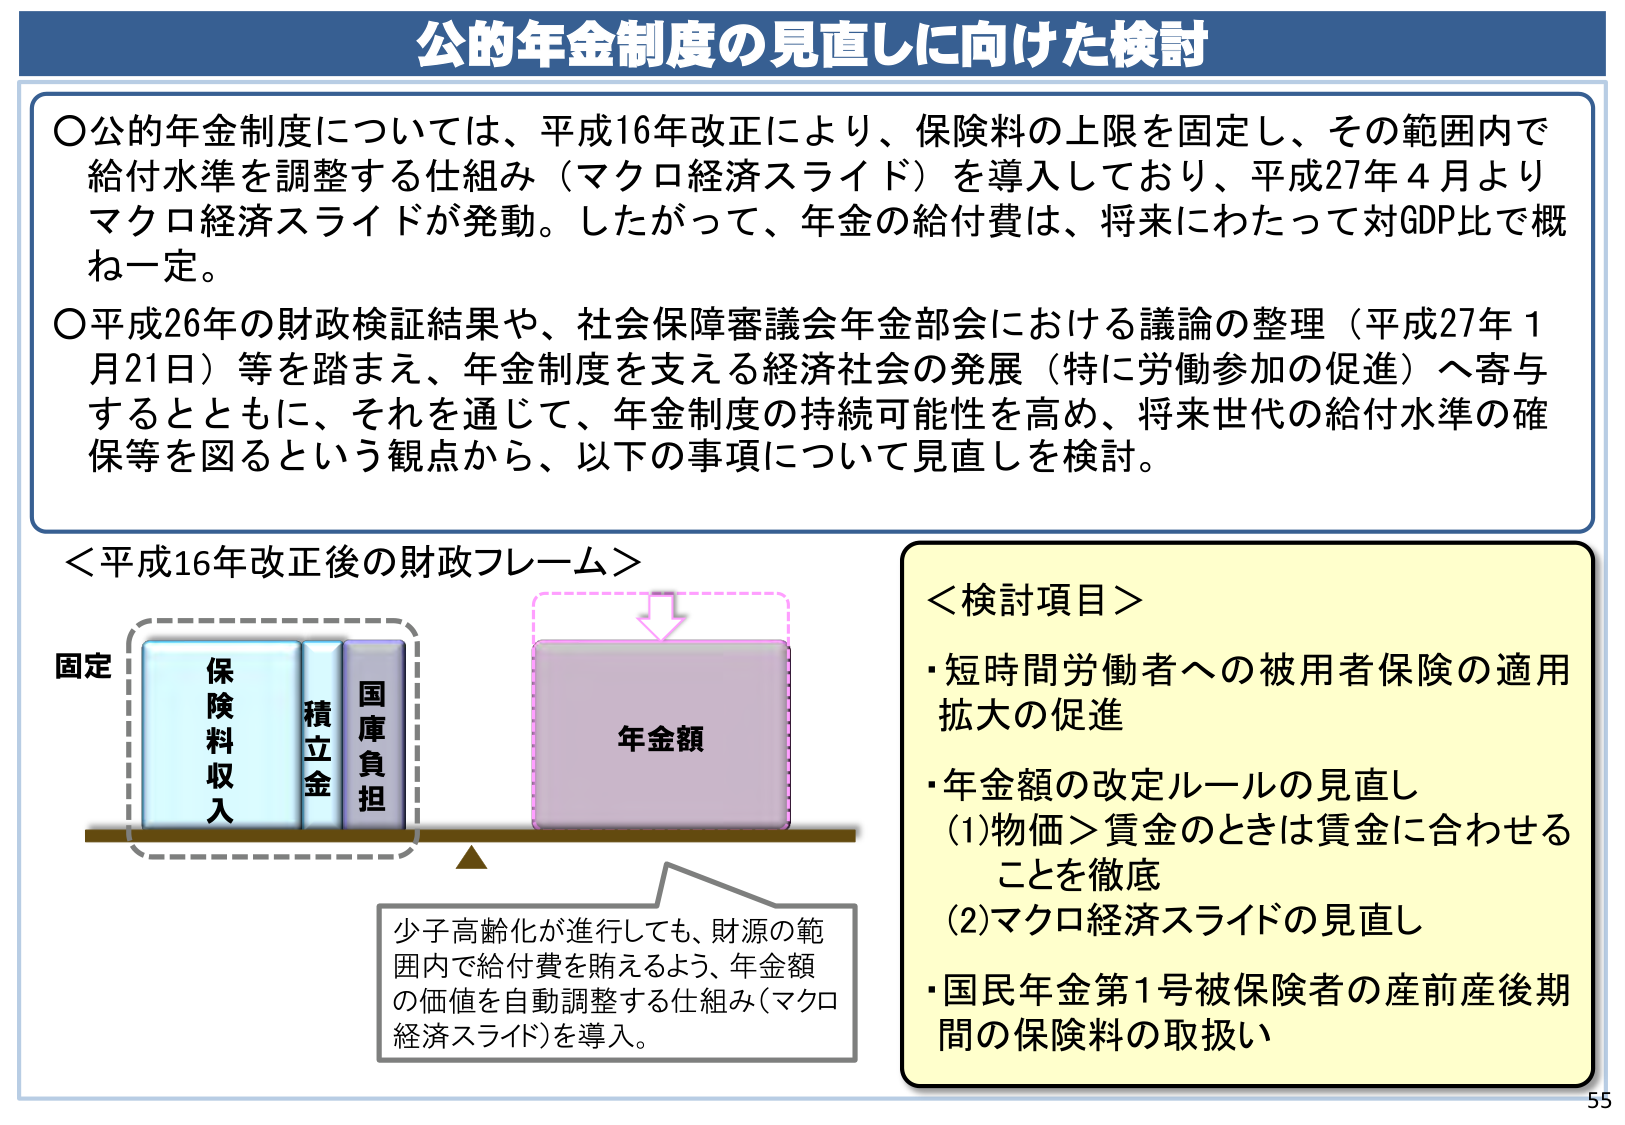
公的年金制度の見直しに向けた検討

○公的年金制度については、平成16年改正により、保険料の上限を固定し、その範囲内で給付水準を調整する仕組み（マクロ経済スライド）を導入しており、平成27年4月よりマクロ経済スライドが発動。したがって、年金の給付費は、将来にわたって対GDP比で概ね一定。

○平成26年の財政検証結果や、社会保障審議会年金部会における議論の整理（平成27年1月21日）等を踏まえ、年金制度を支える経済社会の発展（特に労働参加の促進）へ寄与するとともに、それを通じて、年金制度の持続可能性を高め、将来世代の給付水準の確保等を図るという観点から、以下の事項について見直しを検討。

＜平成16年改正後の財政フレーム＞

固定
保険料収入　積立金　国庫負担
　　　　　　　　　　　　　　年金額

少子高齢化が進行しても、財源の範囲内で給付費を賄えるよう、年金額の価値を自動調整する仕組み（マクロ経済スライド）を導入。

＜検討項目＞
・短時間労働者への被用者保険の適用拡大の促進
・年金額の改定ルールの見直し
　(1)物価＞賃金のときは賃金に合わせることを徹底
　(2)マクロ経済スライドの見直し
・国民年金第1号被保険者の産前産後期間の保険料の取扱い

55